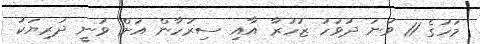
މަހުގެ 11 ވަނަ ދުވަހު ޒުހުރާ އާއި ސިރުހާން އަށް ވަނީ ދަރިޔަކު